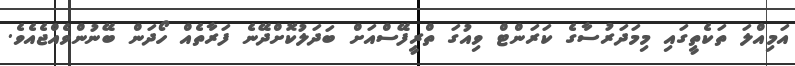
އަމިއްލަ ތަކެތީގައި މިމަދަރުސާގެ ކަރަންޓް ވިއުގަ ތްރީފޭސްއަށް ބަދަލުކޮށްދޭނެ ފަރާތެއް ހޯދަން ބޭނުންވެއްޖެއެވެ.